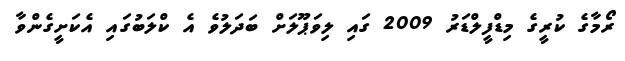
ރޯމާގެ ކުރީގެ މިޑްފީލްޑަރު 2009 ގައި ލިވަޕޫލަށް ބަދަލުވެ އެ ކްލަބުގައި އެކަށީގެންވާ